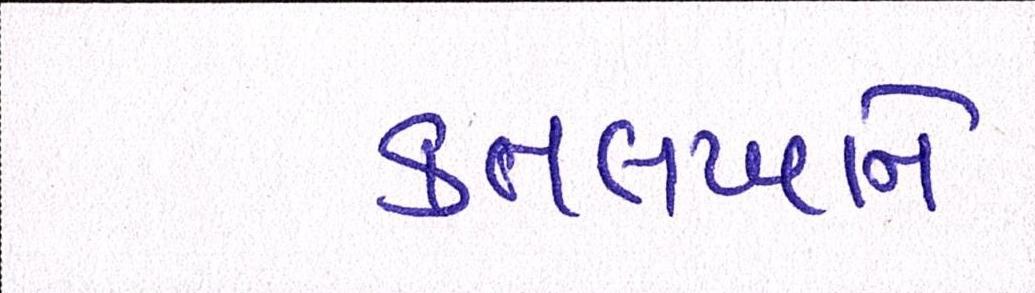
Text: કતલખાને